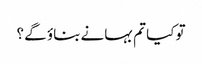
تو کیا تم بہانے بناؤ گے ؟